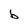
Character: b